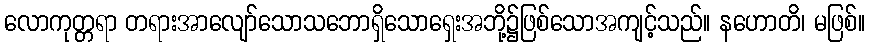
လောကုတ္တရာ တရားအာလျော်သောသဘောရှိသောရှေးအဘို့၌ဖြစ်သောအကျင့်သည်။ နဟောတိ၊ မဖြစ်။